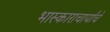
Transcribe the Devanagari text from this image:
भास्काराचार्यांचे